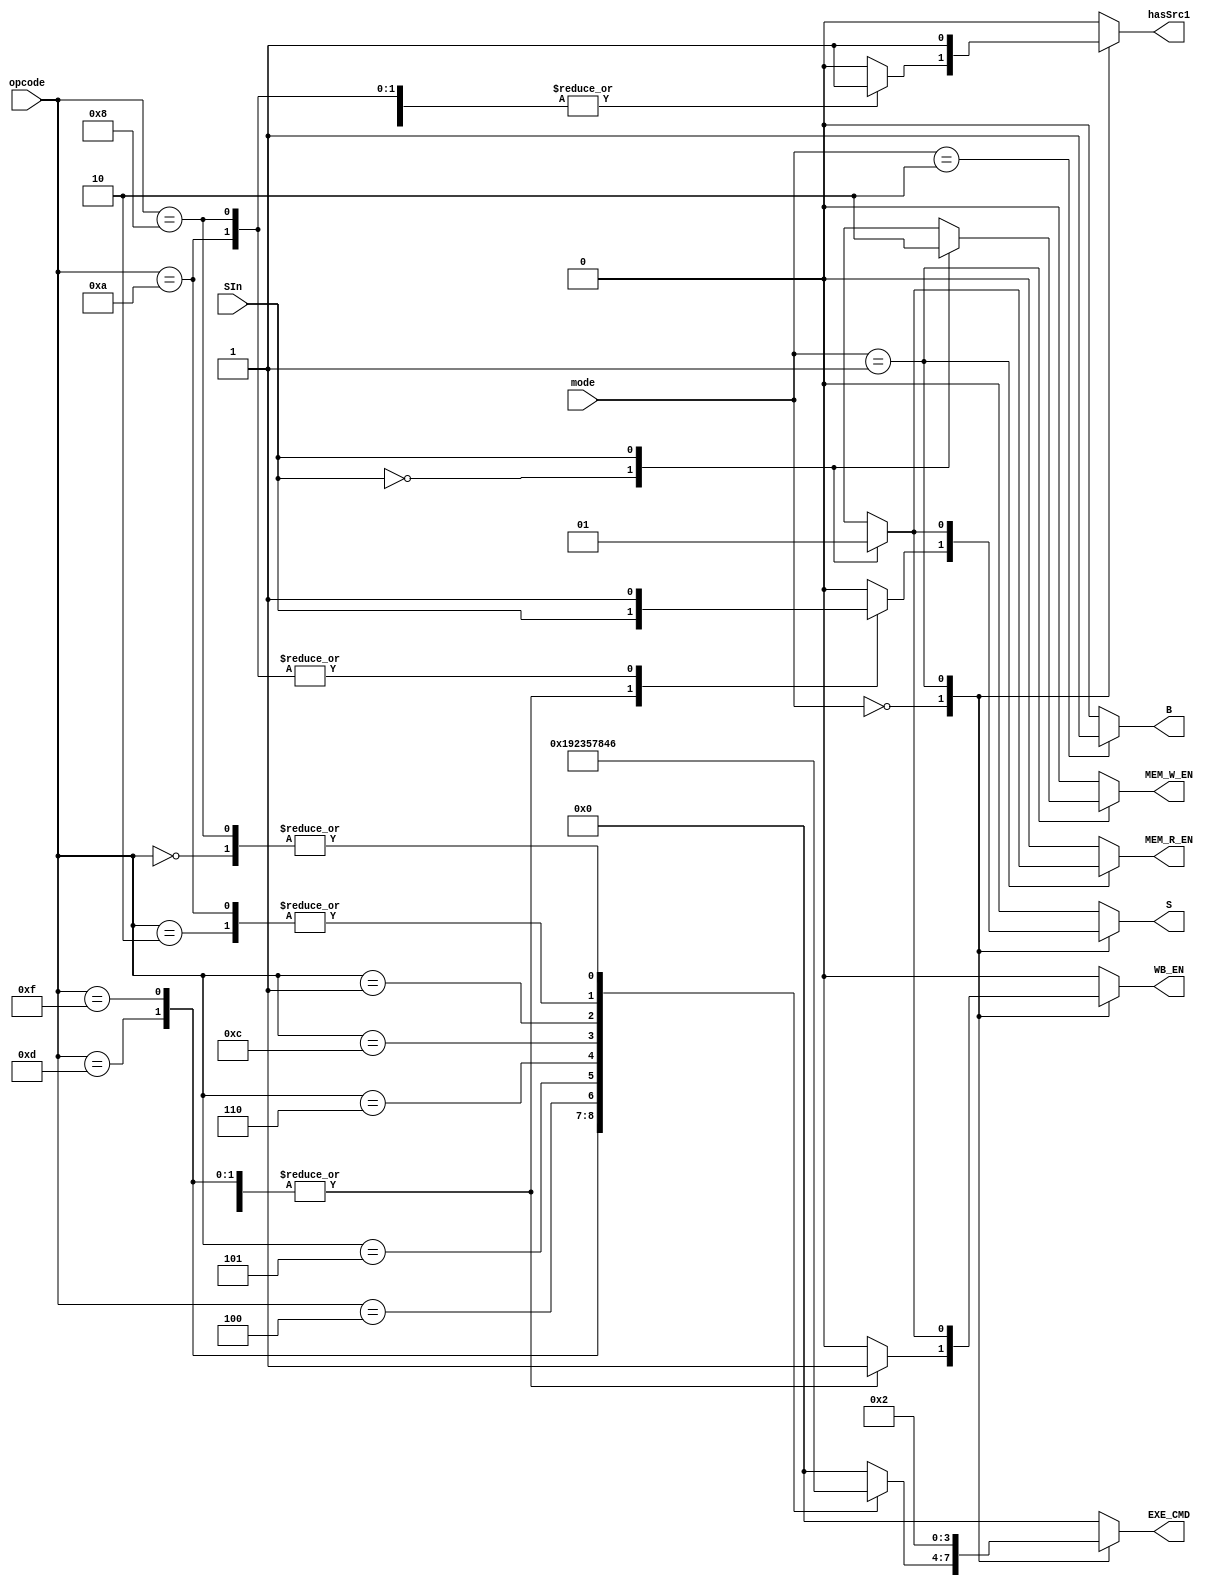
`timescale 1ns/1ns

module ControlUnit (
    input SIn,
    input [3:0] opcode,
    input [1:0] mode,
    output reg WB_EN, MEM_R_EN, MEM_W_EN, B, S, hasSrc1,
    output reg [3:0] EXE_CMD
);

    parameter STR = 1'b0; 
    parameter LDR = 1'b1; 

    parameter [1:0] ARTHMETIC_LOGIC = 2'b00; 
    parameter [1:0] STR_LDR = 2'b01; 
    parameter [1:0] BRANCH = 2'b10; 

    parameter [3:0] AND = 4'b0000; 
    parameter [3:0] EOR = 4'b0001; 
    parameter [3:0] SUB = 4'b0010;
    parameter [3:0] ADD = 4'b0100;  
    parameter [3:0] ADC = 4'b0101; 
    parameter [3:0] SBC = 4'b0110; 
    parameter [3:0] TST = 4'b1000; 
    parameter [3:0] CMP = 4'b1010; 
    parameter [3:0] ORR = 4'b1100; 
    parameter [3:0] MOV = 4'b1101; 
    parameter [3:0] MVN = 4'b1111; 

    always @(SIn, opcode, mode) begin
        {WB_EN, MEM_R_EN, MEM_W_EN, B, S, EXE_CMD, hasSrc1} = 10'b0;

        case (mode)
            ARTHMETIC_LOGIC: begin
                case (opcode)
                    MOV: begin 
                        WB_EN = 1'b1;
                        EXE_CMD = 4'b0001;
                        S = SIn;
                    end
                    MVN: begin 
                        WB_EN = 1'b1;
                        EXE_CMD = 4'b1001;
                        S = SIn;
                    end
                    ADD: begin 
                        WB_EN = 1'b1;
                        EXE_CMD = 4'b0010;
                        S = SIn;
                        hasSrc1 = 1'b1;
                    end
                    ADC: begin 
                        WB_EN = 1'b1;
                        EXE_CMD = 4'b0011;
                        S = SIn;
                        hasSrc1 = 1'b1;
                    end
                    SUB: begin 
                        WB_EN = 1'b1;
                        EXE_CMD = 4'b0100;
                        S = SIn;
                        hasSrc1 = 1'b1;
                    end
                    SBC: begin 
                        WB_EN = 1'b1;
                        EXE_CMD = 4'b0101;
                        S = SIn;
                        hasSrc1 = 1'b1;
                    end
                    AND: begin 
                        WB_EN = 1'b1;
                        EXE_CMD = 4'b0110;
                        S = SIn;
                        hasSrc1 = 1'b1;
                    end
                    ORR: begin 
                        WB_EN = 1'b1;
                        EXE_CMD = 4'b0111;
                        S = SIn;
                        hasSrc1 = 1'b1;
                    end
                    EOR: begin 
                        WB_EN = 1'b1;
                        EXE_CMD = 4'b1000;
                        S = SIn;
                        hasSrc1 = 1'b1;
                    end
                    CMP: begin 
                        EXE_CMD = 4'b0100;
                        S = 1'b1;
                        hasSrc1 = 1'b1;
                    end
                    TST: begin 
                        EXE_CMD = 4'b0110;
                        S = 1'b1;
                        hasSrc1 = 1'b1;
                    end
                endcase
            end 

            STR_LDR: begin
                case (SIn)
                    STR: begin 
                        MEM_W_EN = 1'b1;
                        EXE_CMD = 4'b0010;
                        S = 1'b0;
                        hasSrc1 = 1'b1;
                    end 
                    LDR: begin
                        MEM_R_EN = 1'b1;
                        WB_EN = 1'b1;
                        EXE_CMD = 4'b0010;
                        S = 1'b1;
                        hasSrc1 = 1'b1;
                    end
                endcase
            end

            BRANCH: begin 
                B = 1'b1;
            end
             
        endcase
    end

endmodule